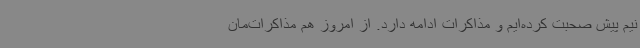
نیم پیش صحبت کرده‌ایم و مذاکرات ادامه دارد. از امروز هم مذاکرات‌مان